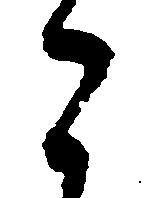
こ